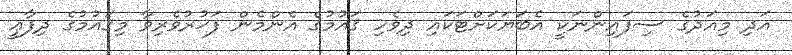
އަދި މިއަދުގެ ސިފައިންނަކީ އެބަޔަކަށްޓަކައި ދިވެހި ޤައުމުގެ އެންމެން ފަޚުރުވެރިވާ މިޤައުމުގެ ދިފާޢީ